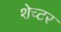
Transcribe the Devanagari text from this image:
शेच्टर